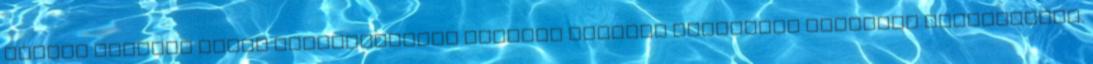
hirdet Héhalmi Közös Önkormányzati Hivatal adóügyi ügyintéző munkakör betöltésére.